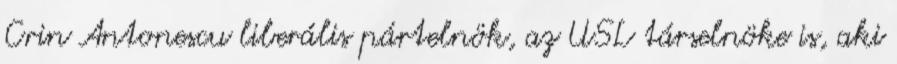
Crin Antonescu liberális pártelnök, az USL társelnöke is, aki